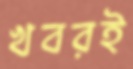
খবরই